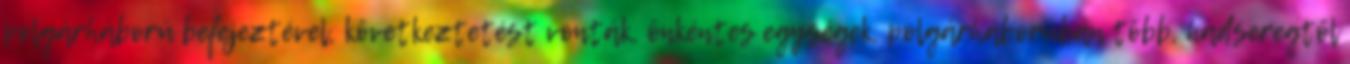
polgárháború befejeztével, következtetést vonták, önkéntes egységek, polgárháborúban több, hadseregtől